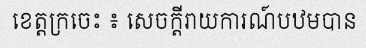
ខេត្តក្រចេះ ៖ សេចក្តីរាយការណ៍បឋមបាន